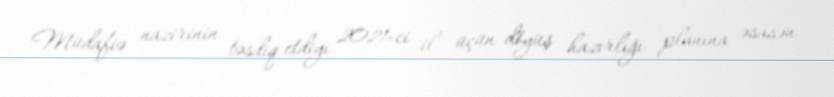
Müdafiə nazirinin təsdiq etdiyi 2021-ci il üçün döyüş hazırlığı planına əsasən